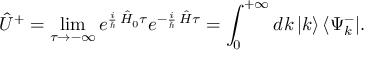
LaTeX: \hat { U } ^ { + } = \operatorname * { l i m } _ { \tau \to - \infty } e ^ { \frac { i } { \hbar } \, \hat { H } _ { 0 } \tau } e ^ { - \frac { i } { \hbar } \, \hat { H } \tau } = \int _ { 0 } ^ { + \infty } d k \, | k \rangle \, \langle \Psi _ { k } ^ { - } | .